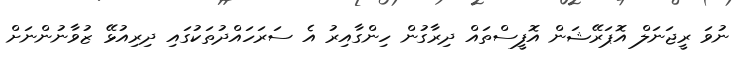
ނުވަ ރީޖަނަލް އޮޕަރޭޝަން އޮފީސްތައް ދިރާގުން ހިންގާއިރު އެ ސަރަހައްދުތަކުގައި ދިރިއުޅޭ ޒުވާނުންނަށް